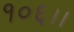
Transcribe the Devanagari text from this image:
१०६।।